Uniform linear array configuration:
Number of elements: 48
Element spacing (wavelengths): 0.25
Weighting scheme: cosine
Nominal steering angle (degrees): -60
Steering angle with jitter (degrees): -58.578
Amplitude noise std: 0.05
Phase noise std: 0.05

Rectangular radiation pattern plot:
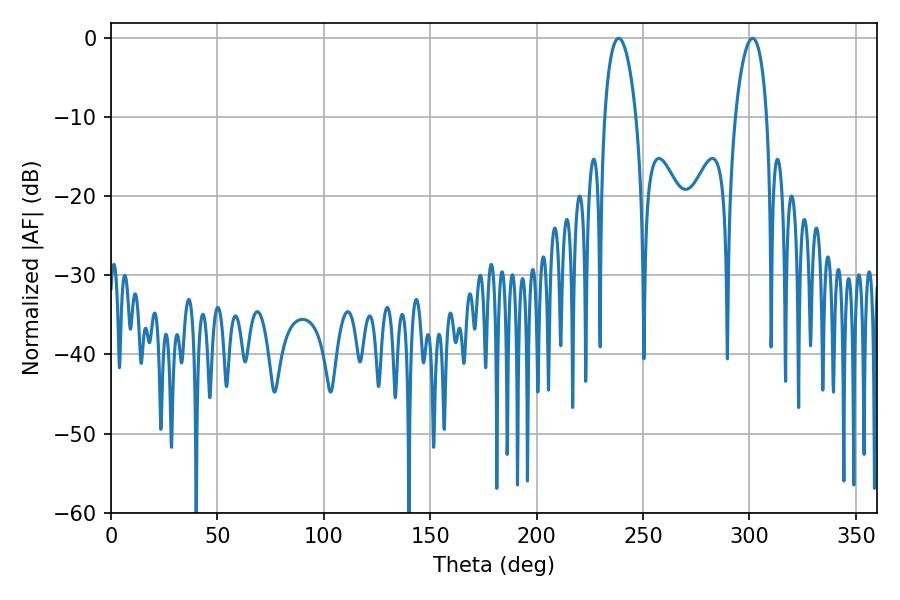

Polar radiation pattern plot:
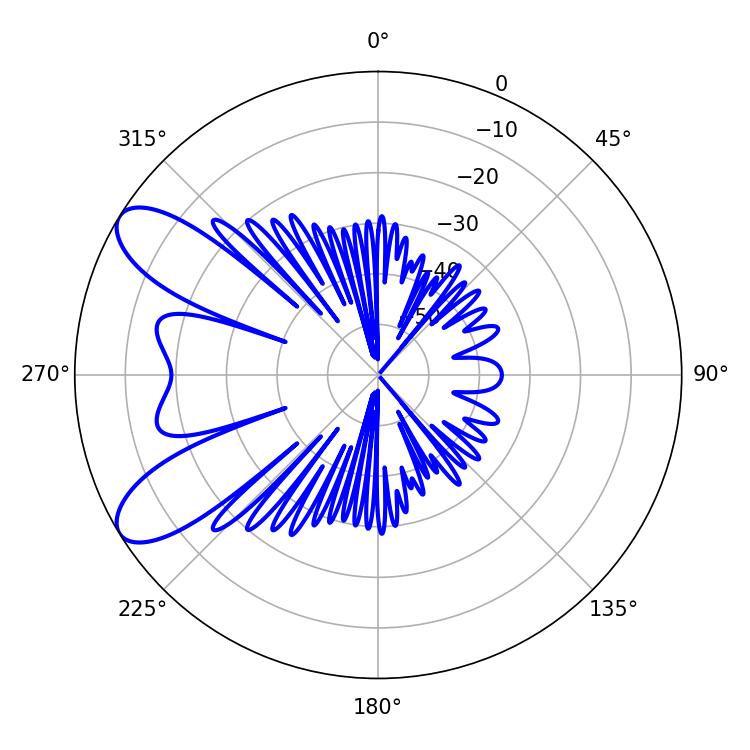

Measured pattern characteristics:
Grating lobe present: FALSE
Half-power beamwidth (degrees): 8.46
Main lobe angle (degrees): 301.5